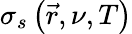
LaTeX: \sigma_{s}\left(\vec{r},\nu,T\right)